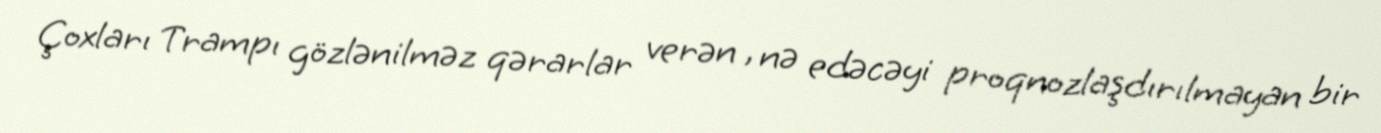
Çoxları Trampı gözlənilməz qərarlar verən , nə edəcəyi proqnozlaşdırılmayan bir